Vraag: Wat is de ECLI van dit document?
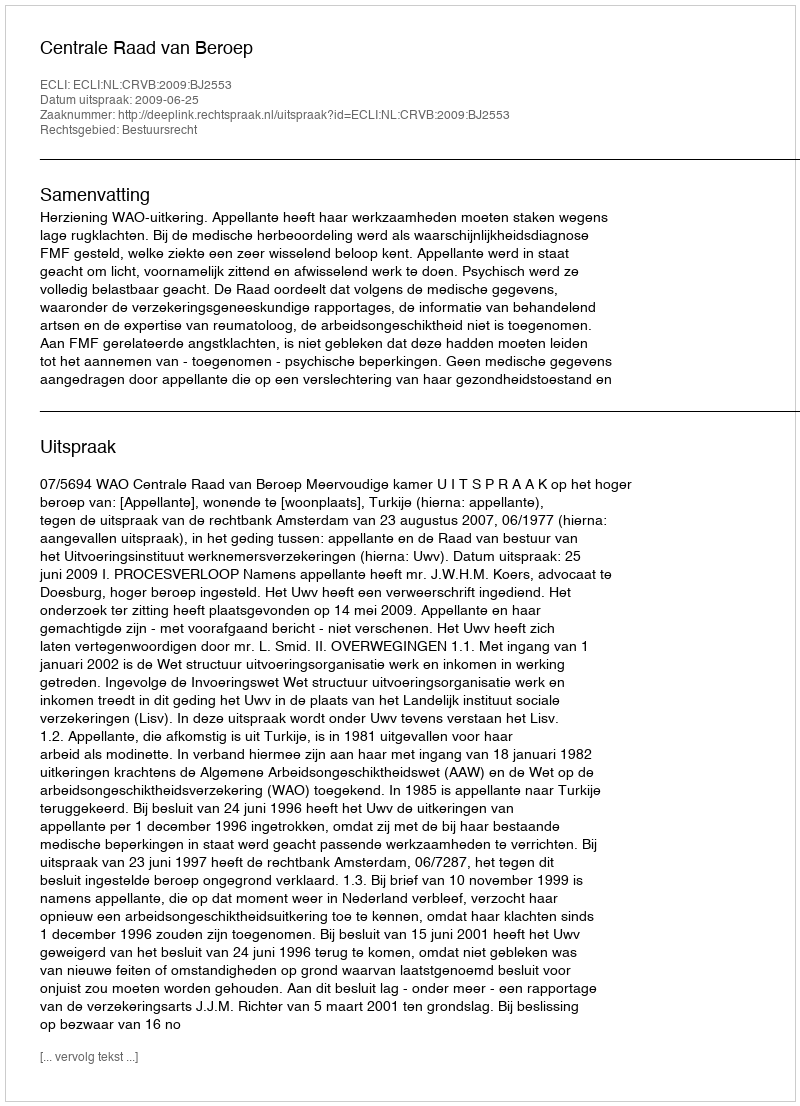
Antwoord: ECLI:NL:CRVB:2009:BJ2553